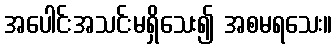
အပေါင်းအသင်းမရှိသေး၍ အစမရသေး။